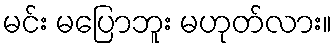
မင်း မပြောဘူး မဟုတ်လား။